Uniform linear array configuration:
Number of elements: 64
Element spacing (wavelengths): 1
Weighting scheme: binomial
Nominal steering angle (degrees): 30
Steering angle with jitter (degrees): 30.958
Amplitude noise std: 0.05
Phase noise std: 0.05

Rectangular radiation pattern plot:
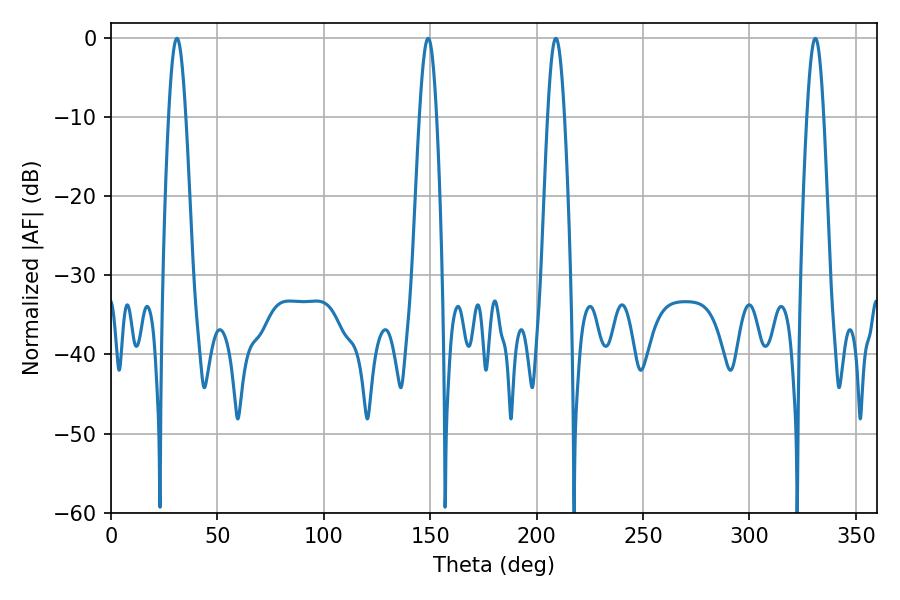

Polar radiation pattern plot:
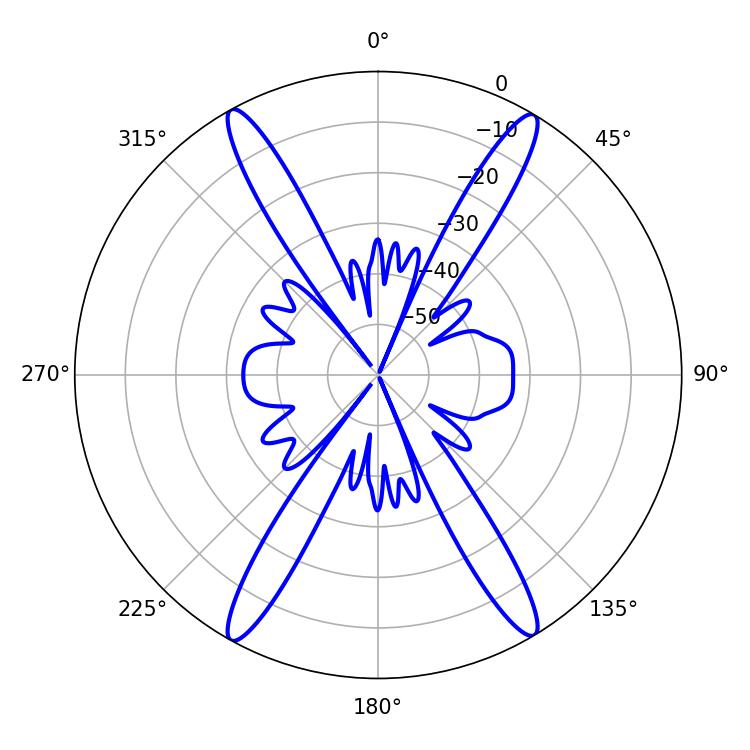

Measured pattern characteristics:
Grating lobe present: TRUE
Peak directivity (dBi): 24.842
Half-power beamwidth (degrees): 4.32
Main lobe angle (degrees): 30.96